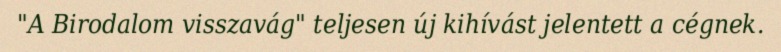
"A Birodalom visszavág" teljesen új kihívást jelentett a cégnek.